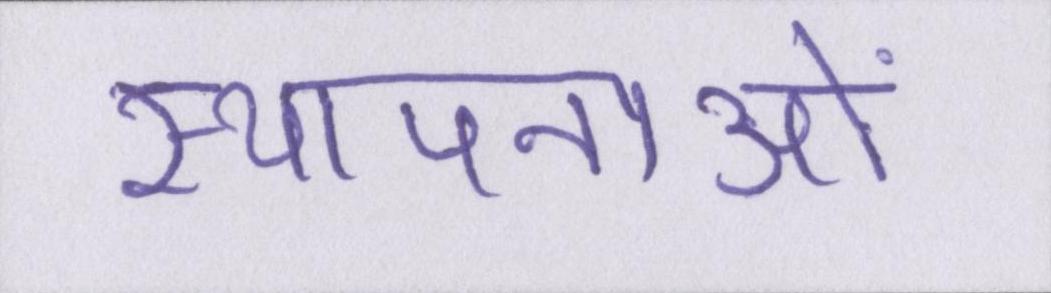
स्थापनाओं